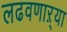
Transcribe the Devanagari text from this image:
लढवणाऱ्या